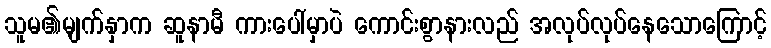
သူမ၏မျက်နှာက ဆူနာမီ ကားပေါ်မှာပဲ ကောင်းစွာနားလည် အလုပ်လုပ်နေသောကြောင့်